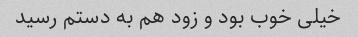
خیلی خوب بود و زود هم به دستم رسید